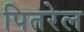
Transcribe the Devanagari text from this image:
पितरेल